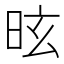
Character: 昡